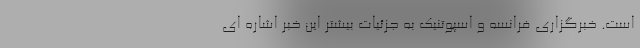
است. خبرگزاری فرانسه و اسپوتنیک به جزئیات بیشتر این خبر اشاره ای